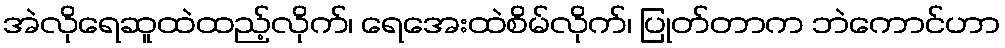
အဲလိုရေဆူထဲထည့်လိုက်၊ ရေအေးထဲစိမ်လိုက်၊ ပြုတ်တာက ဘဲကောင်ဟာ